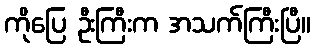
ကိုပြေ ဦးကြီးက အသက်ကြီးပြီ။